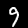
Digit: 9